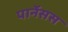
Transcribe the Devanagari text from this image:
पार्नेसस